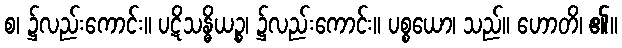
စ၊ ၌လည်းကောင်း။ ပဋိသန္ဓိယဉ္စ၊ ၌လည်းကောင်း။ ပစ္စယော၊ သည်။ ဟောတိ၊ ၏။